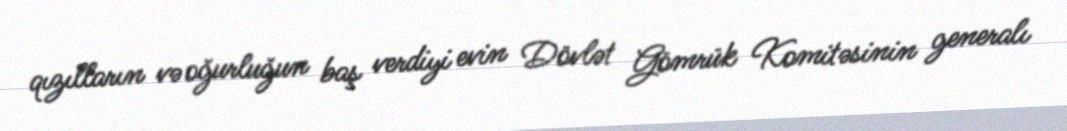
qızılların və oğurluğun baş verdiyi evin Dövlət Gömrük Komitəsinin generalı